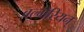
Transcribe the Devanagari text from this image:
बल्गेरियन्